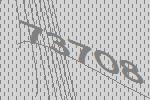
73708